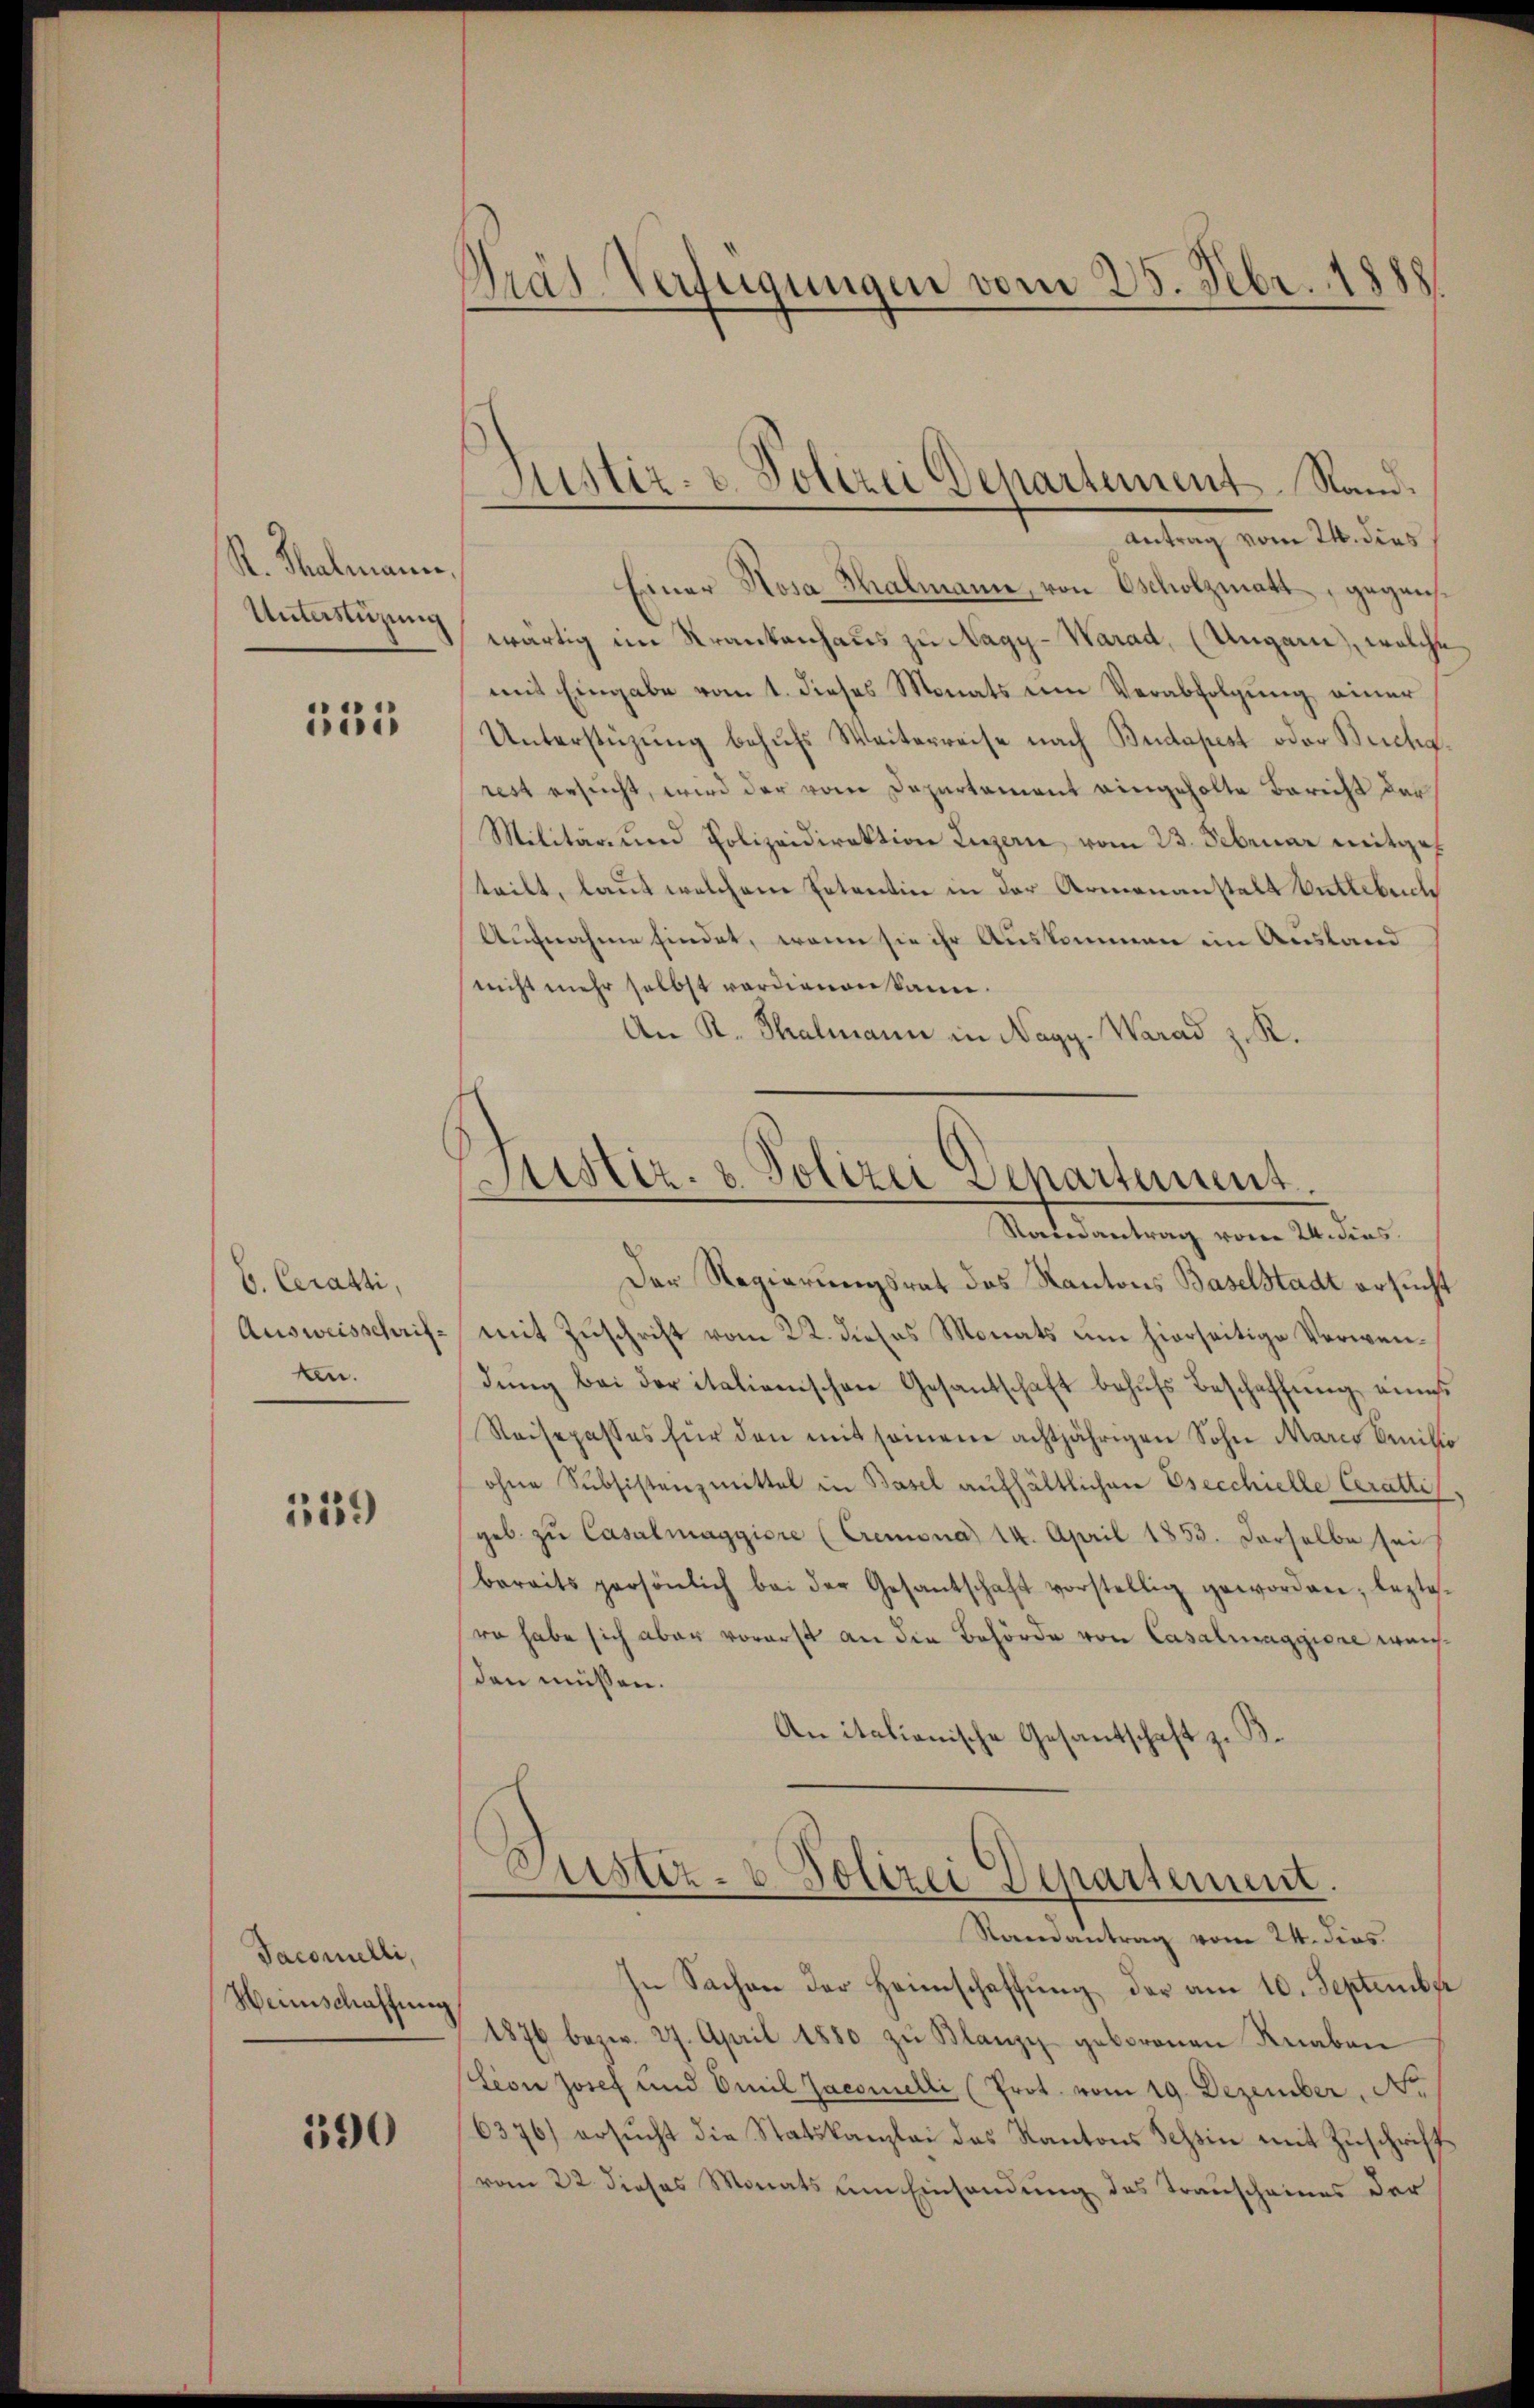
K. Salmann,
Unterstüzung

133

6. Ceratti,
Ausweisschriftn.

1559

Taconelli,
Heimschaffung

190

Pras Verfügungen vom 25. Febr. 1888

Einer Rosa Thalmann, von Escholzmatt, gegenwärtig im Krankenhaus zu Nagy-Warad, (Ungarn, welche
mit Eingabe vom 1. dieses Monats um Verabfolgung einer
Unterstüzung behufs Weiterreise nach Budapest oder Buchg
rest ersucht, wird der vom Departement eingeholte Bericht der
Militär und Polizeidirektion Luzern vom 23. Februar mitge
teilt, laut welchem Petention in der Armenanstalt Buttebrich
Aufnahme findet, wenn sie ihr Auskommen im Ausland
nicht mehr selbst verdienen kann.
An K. Thalmann in Nagy-Warad z. R.
Der Regierungsrat des Kantons Baselstadt ersuch
mit Zuschrift vom 22. dieses Monats um hierseitige Verwendŭng bei der italigenschen Gesandschaft behŭfs Beschaffŭng eines
Reisepasses für den mitsamene achtjährigen Sohn Marco Benis
ohne Subsistenzmittel in Basel aufhältlichen Esecchielle Caratti
geb. zu Casalmaggiore (Cremona 14. April 1853. Derselbe sei
bereits persönlich bei der Gesantschaft vorstellig geworden, lezte
ro habe sich aber vorerst an die Behörde von Casalmaggiore wurch
den müssen.
An italienische Gesandtschaft z. B.
Justiz- & Polizei Departement.
Randantrag vom 24. dies.
In Sachen der Heimschaffung der am 10. September
1876 bezw. 27. April 1880 zŭ Blanzy geborenen Knaben
Lion Josef und Emil Jaconelli (Prot. vom 19. Dezember Nr.
6376) ersŭcht die Statskanzlei des Kantons Schin mit Zŭschrift
vom 22. dieses Monats um Einsendung des Trauscheines der

Sistir- u. Polizei Departement. Stand.
Antrag vom 24. dies

Justiz- & Polizei Departement.
Randantrag von 24. dies